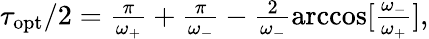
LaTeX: \begin{array}{r}{\tau_{\mathrm{opt}}/2=\frac{\pi}{\omega_{+}}+\frac{\pi}{\omega_{-}}-\frac{2}{\omega_{-}}\operatorname{arccos}[\frac{\omega_{-}}{\omega_{+}}],}\end{array}